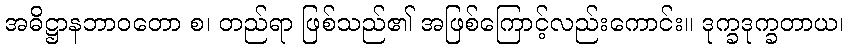
အဓိဋ္ဌာနဘာဝတော စ၊ တည်ရာ ဖြစ်သည်၏ အဖြစ်ကြောင့်လည်းကောင်း။ ဒုက္ခဒုက္ခတာယ၊